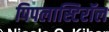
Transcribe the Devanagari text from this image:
पिपलास्टिरॉल